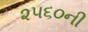
૨૫૬૦ની